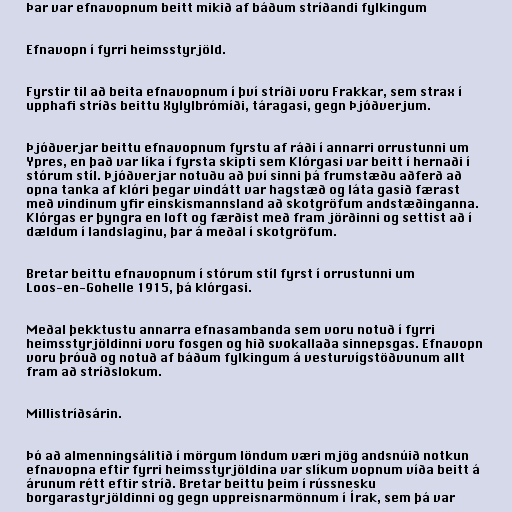
Þar var efnavopnum beitt mikið af báðum stríðandi fylkingum

Efnavopn í fyrri heimsstyrjöld.

Fyrstir til að beita efnavopnum í því stríði voru Frakkar, sem strax í
upphafi stríðs beittu Xylylbrómíði, táragasi, gegn Þjóðverjum.

Þjóðverjar beittu efnavopnum fyrstu af ráði í annarri orrustunni um
Ypres, en það var líka í fyrsta skipti sem Klórgasi var beitt í hernaði í
stórum stíl. Þjóðverjar notuðu að því sinni þá frumstæðu aðferð að
opna tanka af klóri þegar vindátt var hagstæð og láta gasið færast
með vindinum yfir einskismannsland að skotgröfum andstæðinganna.
Klórgas er þyngra en loft og færðist með fram jörðinni og settist að í
dældum í landslaginu, þar á meðal í skotgröfum.

Bretar beittu efnavopnum í stórum stíl fyrst í orrustunni um
Loos-en-Gohelle 1915, þá klórgasi.

Meðal þekktustu annarra efnasambanda sem voru notuð í fyrri
heimsstyrjöldinni voru fosgen og hið svokallaða sinnepsgas. Efnavopn
voru þróuð og notuð af báðum fylkingum á vesturvígstöðvunum allt
fram að stríðslokum.

Millistríðsárin.

Þó að almenningsálitið í mörgum löndum væri mjög andsnúið notkun
efnavopna eftir fyrri heimsstyrjöldina var slíkum vopnum víða beitt á
árunum rétt eftir stríð. Bretar beittu þeim í rússnesku
borgarastyrjöldinni og gegn uppreisnarmönnum í Írak, sem þá var